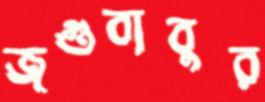
জগুবাবুর